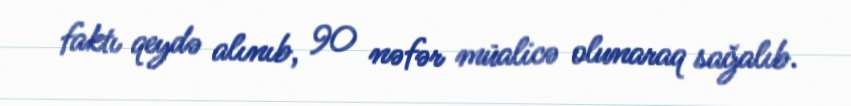
faktı qeydə alınıb, 90 nəfər müalicə olunaraq sağalıb.